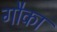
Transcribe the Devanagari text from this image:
गौका